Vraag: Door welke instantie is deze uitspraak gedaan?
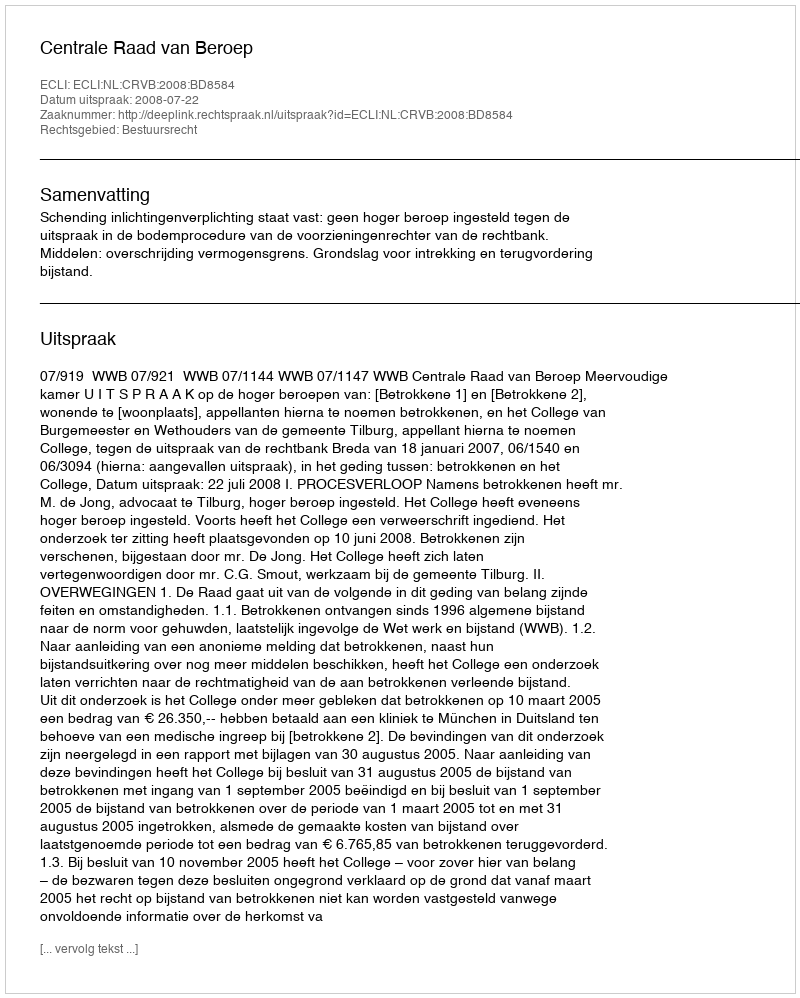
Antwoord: Centrale Raad van Beroep